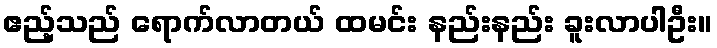
ဧည့်သည် ရောက်လာတယ် ထမင်း နည်းနည်း ခူးလာပါဦး။